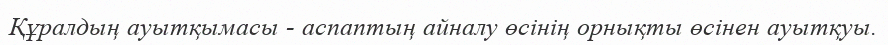
Құралдың ауытқымасы - аспаптың айналу өсінің орнықты өсінен ауытқуы.